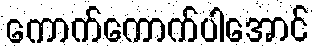
ကောက်ကောက်ပါအောင်